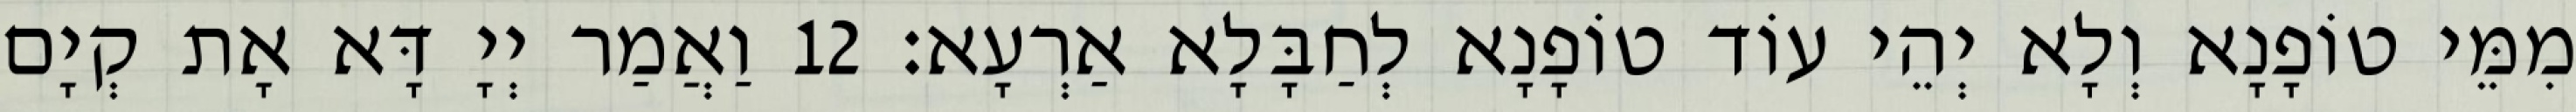
מִמֵּי טוֹפָנָא וְלָא יְהֵי עוֹד טוֹפָנָא לְחַבָּלָא אַרְעָא׃ 12 וַאֲמַר יְיָ דָּא אָת קְיָם